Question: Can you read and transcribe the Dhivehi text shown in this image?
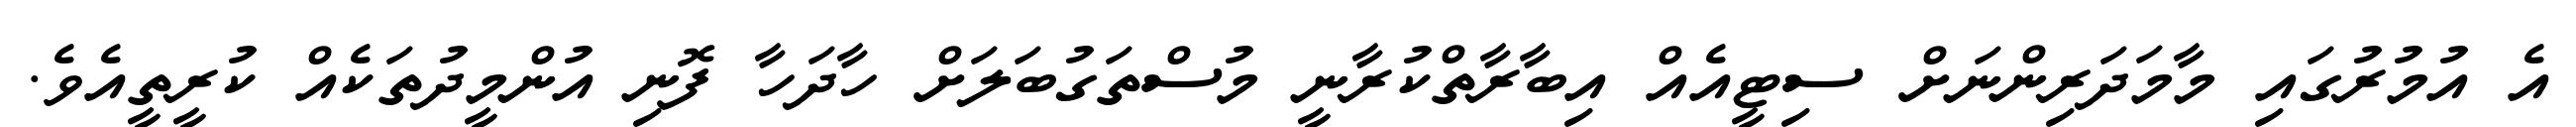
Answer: އެ އުމުރުގައި މާމަދަރިންނަށް ސިޓީއެއް އިބާރާތްކުރާނީ މުސްތަގުބަލަށް ހާދަހާ ފޮނި އުންމީދުތަކެއް ކުރީތީއެވެ.